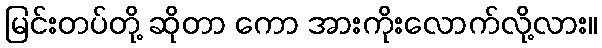
မြင်းတပ်တို့ ဆိုတာ ကော အားကိုးလောက်လို့လား။